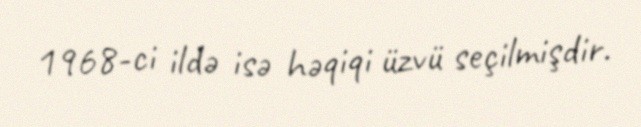
1968-ci ildə isə həqiqi üzvü seçilmişdir.